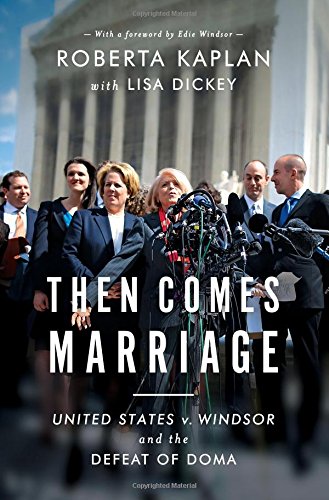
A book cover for Then Comes Marriage: United States V. Windsor and the Defeat of DOMA; Roberta Kaplan; Gay & Lesbian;